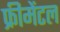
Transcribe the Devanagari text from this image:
फ्रीमेंटल